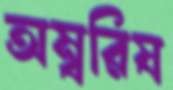
অম্বরিষ